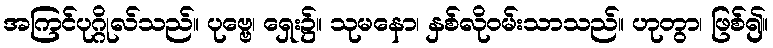
အကြင်ပုဂ္ဂိုလ်သည်။ ပုဗ္ဗေ၊ ရှေး၌။ သုမနော၊ နှစ်လိုဝမ်းသာသည်။ ဟုတွာ၊ ဖြစ်၍။